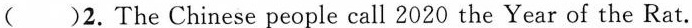
( )2.The Chinese people call 2020 the Year of the Rat.